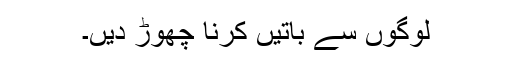
لوگوں سے باتیں کرنا چھوڑ دیں۔